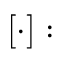
[ \cdot ] :